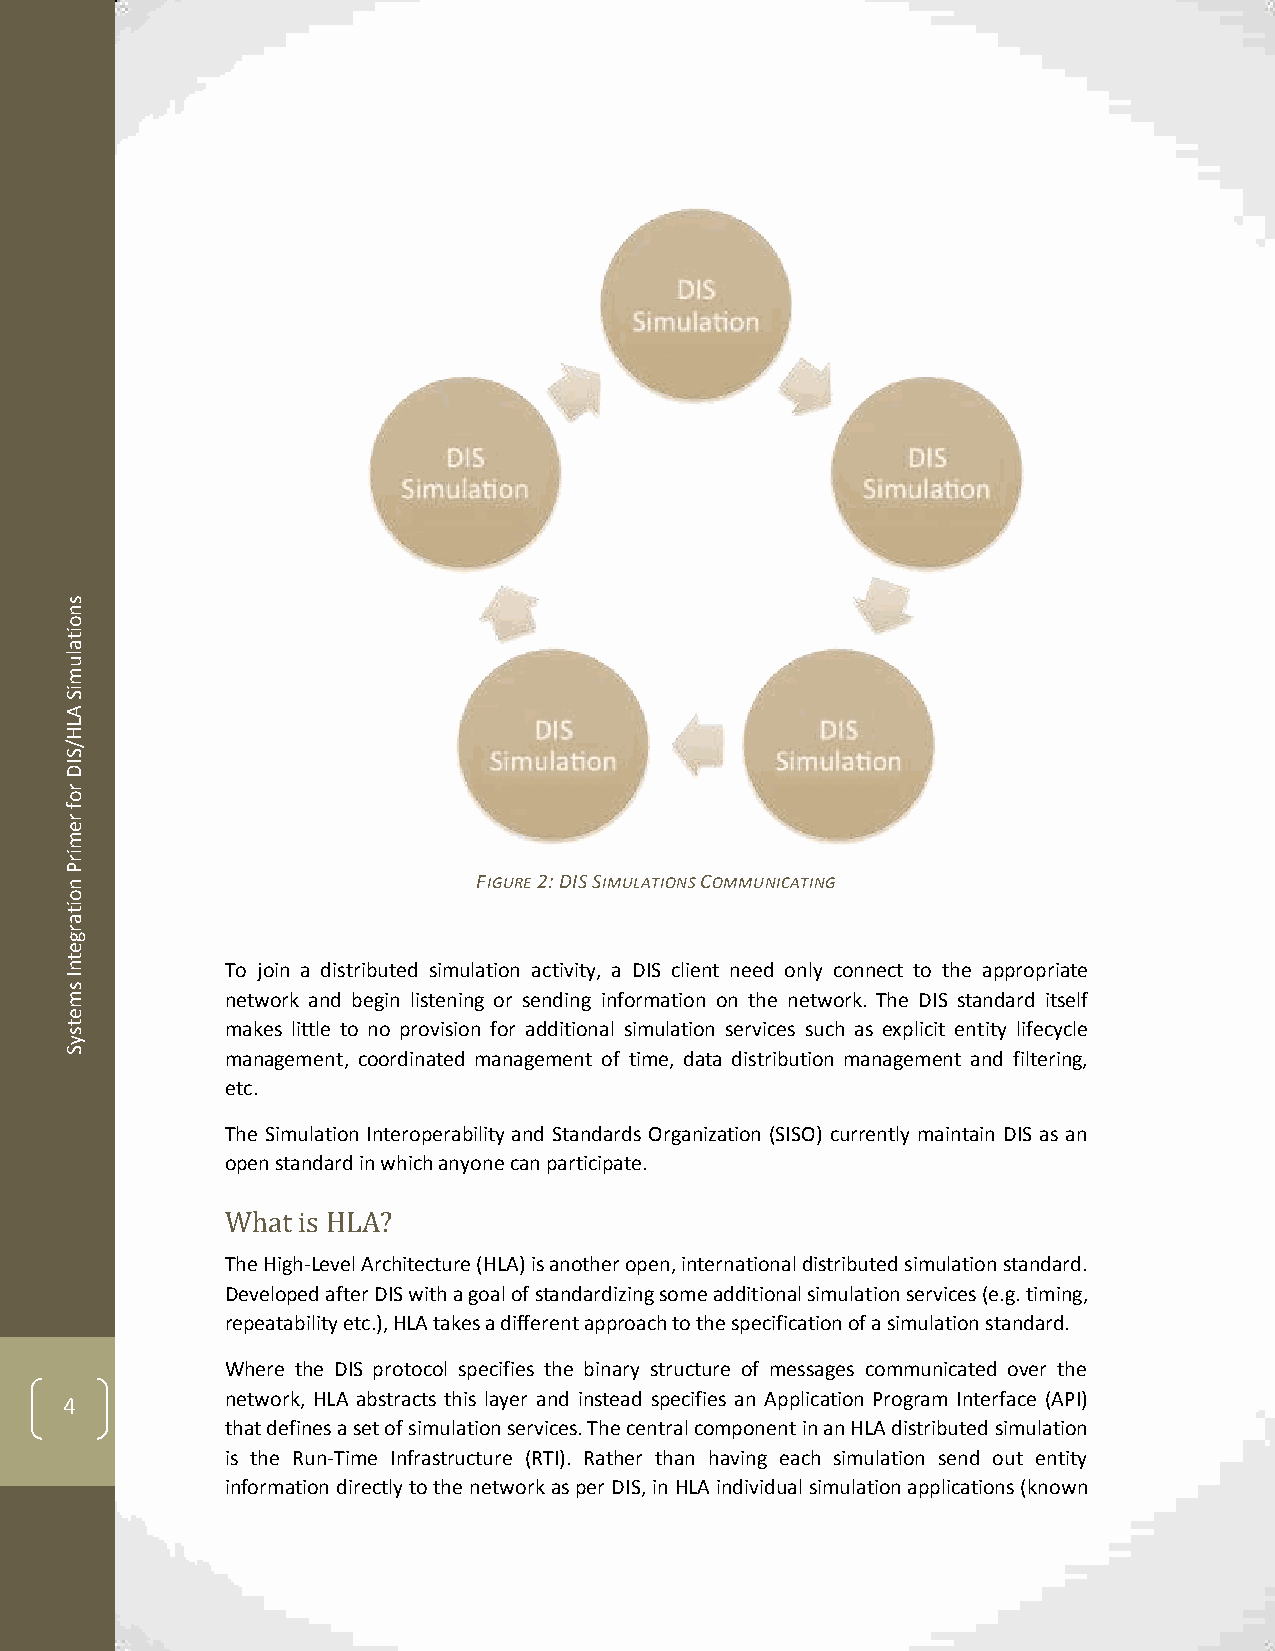
s
 n
 o
 it
 a
 lu
 m
 iS
 A
 L
 H
 /
 S
 ID
 r
 o
 f
 r
 e
 m
 ir
 P
 n                           FIGURE 2: DIS SIMULATIONS COMMUNICATING
 o
 it
 a
 r
 g
 e
 t
 n          To join a distributed simulation activity, a DIS client need only connect to the appropriate
 I
 s
 m          network and begin listening or sending information on the network. The DIS standard itself
 e
 t          makes little to no provision for additional simulation services such as explicit entity lifecycle
 s
 y
 S          management, coordinated management of time, data distribution management and filtering,
 etc.
 The Simulation Interoperability and Standards Organization (SISO) currently maintain DIS as an
 open standard in which anyone can participate.
 What is HLA?
 The High-Level Architecture (HLA) is another open, international distributed simulation standard.
 Developed after DIS with a goal of standardizing some additional simulation services (e.g. timing,
 repeatability etc.), HLA takes a different approach to the specification of a simulation standard.
 Where the DIS protocol specifies the binary structure of messages communicated over the
 4          network, HLA abstracts this layer and instead specifies an Application Program Interface (API)
 that defines a set of simulation services. The central component in an HLA distributed simulation
 is the Run-Time Infrastructure (RTI). Rather than having each simulation send out entity
 information directly to the network as per DIS, in HLA individual simulation applications (known